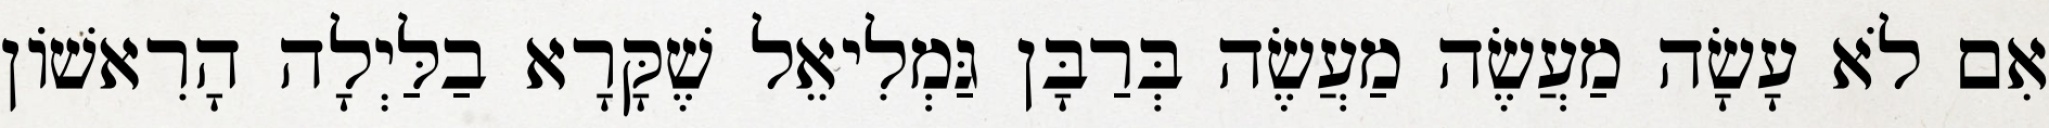
אִם לֹא עָשָׂה מַעֲשֶׂה מַעֲשֶׂה בְּרַבָּן גַּמְלִיאֵל שֶׁקָּרָא בַלַּיְלָה הָרִאשׁוֹן